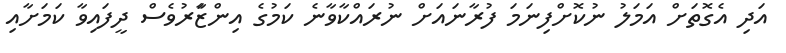
އަދި އެގޮތަށް އަމަލު ނުކޮށްފިނަމަ ފުރާނައަށް ނުރައްކާވާނެ ކަމުގެ އިންޒަާރުވެސް ދީފައިވާ ކަމަށާއި